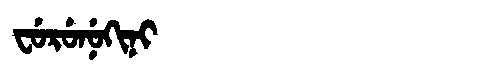
Manchu: ᠸᡠᡵᡠᠨᡠᡴᡳᠨᡳ
Romanization: FURUNUKINI